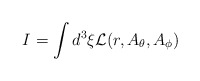
\begin{align*}I=\int d^3\xi{\cal L}(r, A_{\theta}, A_{\phi})\end{align*}